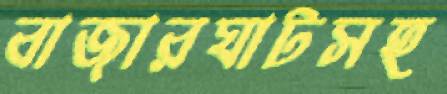
বাজারঘাটসহ